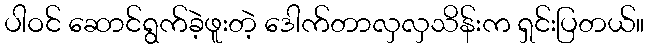
ပါဝင် ဆောင်ရွက်ခဲ့ဖူးတဲ့ ဒေါက်တာလှလှသိန်းက ရှင်းပြတယ်။